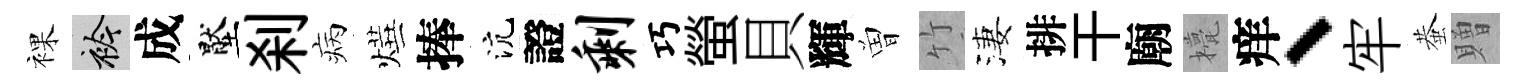
裸衿成壓刹病燁捧沆證剩巧螢貝輝曽竹淒排干廟甍痒、牢蛬贈